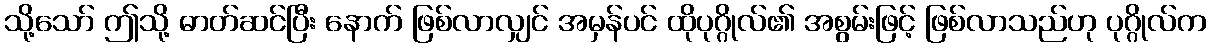
သို့သော် ဤသို့ ဓာတ်ဆင်ပြီး နောက် ဖြစ်လာလျှင် အမှန်ပင် ထိုပုဂ္ဂိုလ်၏ အစွမ်းဖြင့် ဖြစ်လာသည်ဟု ပုဂ္ဂိုလ်က